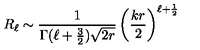
R _ { \ell } \sim { \frac { 1 } { \Gamma ( \ell + { \frac { 3 } { 2 } } ) \sqrt { 2 r } } } \left( { \frac { k r } { 2 } } \right) ^ { \ell + { \frac { 1 } { 2 } } }